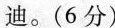
迪。(6分)